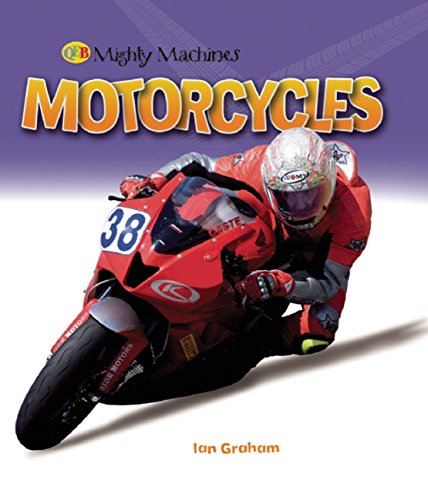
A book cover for Motorcycles (Mighty Machines QEB); Ian Graham; Children's Books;